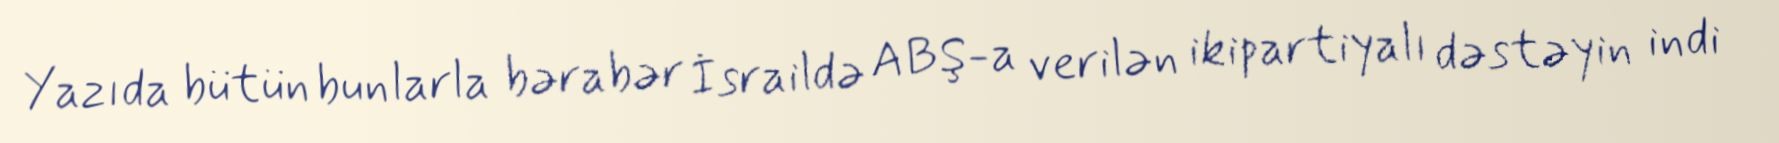
Yazıda bütün bunlarla bərabər İsraildə ABŞ-a verilən ikipartiyalı dəstəyin indi